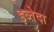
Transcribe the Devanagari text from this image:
इब्तेदा